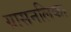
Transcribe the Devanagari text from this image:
ग्रासनलिका